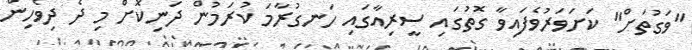
"ވަގުތަށް" ކަށަވަރުވެފައިވާ ގޮތުގައި ސީރިއާގައި ހަނގުރާމަ ކުރަމުން ދަނިކޮށް މި ދެ ދިވެހިން